Civil Veterinary Department Bihar & Orissa reports 1922-29 - 1922-1929
Year: 1922
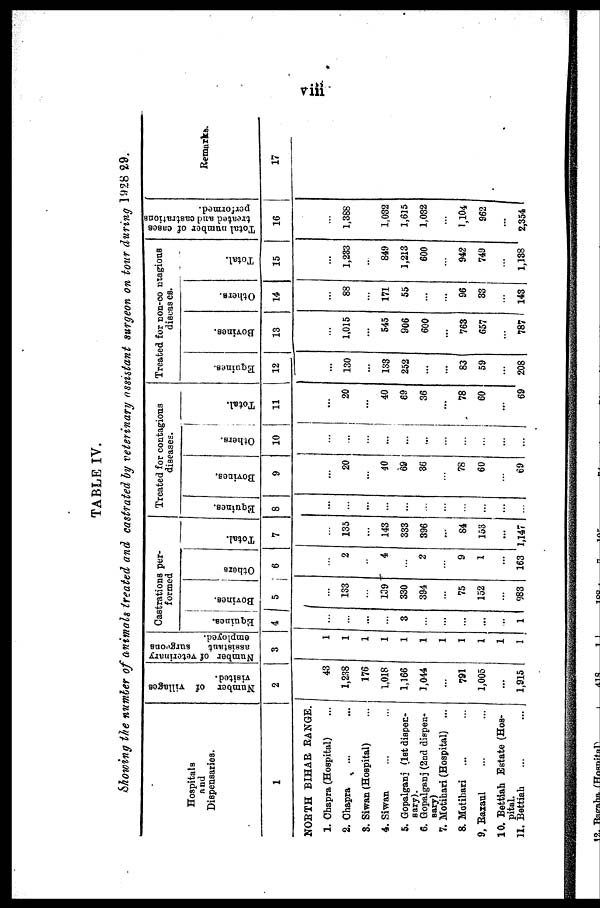
TABLE IV.
Sowing the number of animals treated and castrated by veterinary assistant surgeon on tour during 1928 29.
Hospitals
and
Dispensaries.
1
NORTH BIHAR RANGE.
1. Chapra (Hospital)
2. Chapra
3. Siwan (Hospital)
4. Siwan
5. Gopalganj (let dispen-
sary).
6. Gopalganj (2nd dispen-
sary)
7. Motihari (Hospital)
8. Motihari
9, Raxaul
10. Bettiah Estate (Hos-
pital.
11. Bettiah
Number of Tillages
visited.
2
43
1,238
176
1,018
1,166
1,044
...
781
1,005
...
1,915
Number of veterinary
assistant
surgeons
employed.
3
1
1
1
1
1
1
1
1
1
1
1
Castrations per-
formed
Equities.
4
...
...
...
...
3
...
...
...
...
... 1
Bovines.
5
...
133
...
139
330
394
...
75
152
...
983
Others
6
...
2
...
4
...
2
...
9
1
...
163
Tot al .
7
...
135
...
143
333
396
...
84
153
...
,147
Treated for contagions
diseases.
Equines.
8
...
...
...
...
...
...
...
...
...
...
...
Bovines.
9
...
20
40
69
36
78
60
...
69
Others.
10
...
...
...
...
...
...
...
...
...
...
...
Total.
11
...
20
...
40
69
36
...
78
60
...
69
Treated for non-contagious
diseases.
Equines.
12
...
130
...
133
252
...
...
83
59
...
208
Bovines.
13
...
1,015
...
545
906
600
...
763
657
...
787
Others.
14
...
88
...
171
55
...
...
96
33
...
143
Total.
15
...
1,233
...
849
1,213
600
...
942
749
...
1,138
Total number of cases
treated and castrations
performed.
16
...
1,388
1,032
1,615
1,032
...
1,104
962
...
2,354
Remarks.
17